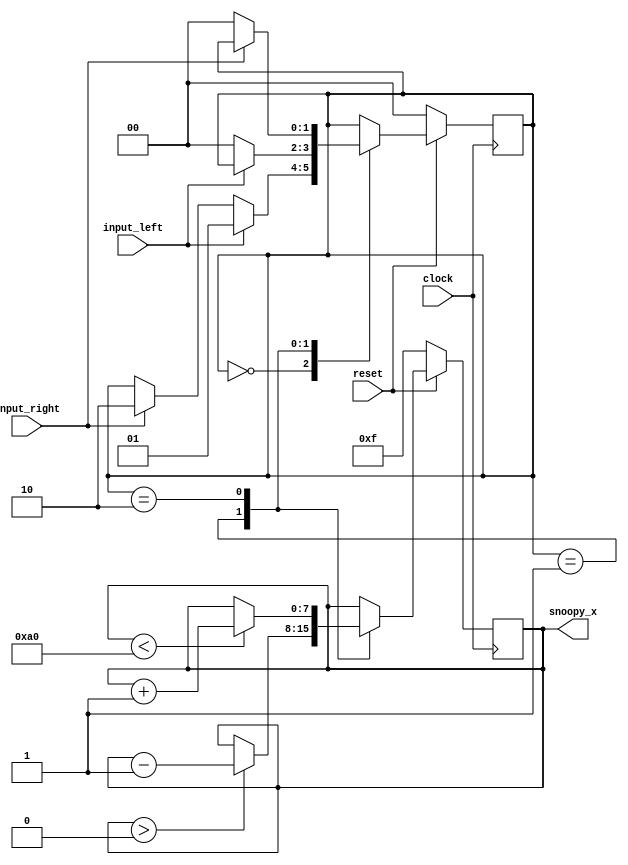
module snoopyHorizintalFSM (clock, reset, input_left, input_right, snoopy_x);

    input clock, reset;
    input input_left, input_right;
    output [7:0] snoopy_x;

    reg [7:0] x_pos;
    //reg [1:0] x_speed;

    reg [1:0] state;

    localparam S_LEFT = 2'b01,
                S_RIGHT = 2'b10,
                S_IDLE_X = 2'b00;

    localparam MAX_X_POS = 160;
	 

    always @ (posedge clock)
    begin : next_state_and_output_logic
        if (!reset) begin
            //x_speed <= 0;
            state <= S_IDLE_X;
        end
        else begin
            case (state)
                S_IDLE_X: begin
                    if (input_left) begin
                        state <= S_LEFT;
                        //x_speed <= 1; //adjust
                    end 
                    else if (input_right) begin
                        state <= S_RIGHT;
                        //x_speed <= 1; //adjust
                    end 
                end
                S_LEFT : begin
                    if (!input_left) begin
                        state <= S_IDLE_X;
                        //x_speed <= 0;
                    end
                end
                S_RIGHT: begin
                    if (!input_right) begin
                        state <= S_IDLE_X;
                        //x_speed <= 0;
                    end
                end
            endcase
        end
    end

    // Update Snoopy's position with bounds
always @(posedge clock) begin
    if (!reset) begin
        x_pos <= 15; // Reset x_pos
    end else begin
        case (state)
            S_LEFT: begin
                if (x_pos > 0) begin
                    x_pos <= x_pos - 1; // Move left, decrement x_pos
                end
            end
            S_RIGHT: begin
                if (x_pos < MAX_X_POS) begin
                    x_pos <= x_pos + 1; // Move right, increment x_pos
                end
            end
            // Handle other states as needed
        endcase
    end
end

    //assign output coordinate
    assign snoopy_x = x_pos;

endmodule